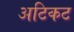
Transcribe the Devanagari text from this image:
अटिकट